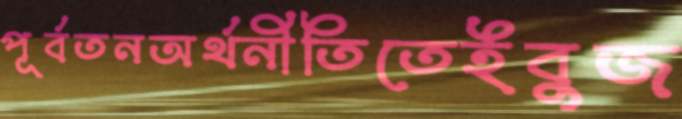
পূর্বতনঅর্থনীতিতেইবুজ